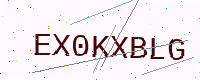
Text: EX0KXBLG